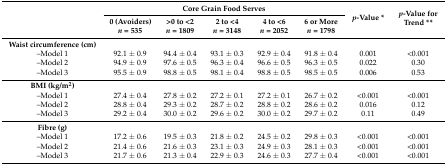
<table><thead><tr><td rowspan="2"></td><td colspan="5"><b>Core Grain Food Serves</b></td><td rowspan="2"><b><i>p</i>-Value *</b></td><td rowspan="2"><b><i>p</i>-Value for Trend **</b></td></tr><tr><td><b>0 (Avoiders) <i>n</i> = 535</b></td><td><b>&gt;0 to &lt;2 <i>n</i> = 1809</b></td><td><b>2 to &lt;4 <i>n</i> = 3148</b></td><td><b>4 to &lt;6 <i>n</i> = 2052</b></td><td><b>6 or More <i>n</i> = 1798</b></td></tr></thead><tbody><tr><td><b>Waist circumference (cm)</b></td><td></td><td></td><td></td><td></td><td></td><td></td><td></td></tr><tr><td>–Model 1</td><td>92.1 ± 0.9</td><td>94.4 ± 0.4</td><td>93.1 ± 0.3</td><td>92.9 ± 0.4</td><td>91.8 ± 0.4</td><td>0.001</td><td>&lt;0.001</td></tr><tr><td>–Model 2</td><td>94.9 ± 0.9</td><td>97.6 ± 0.5</td><td>96.3 ± 0.4</td><td>96.6 ± 0.5</td><td>96.3 ± 0.5</td><td>0.022</td><td>0.30</td></tr><tr><td>–Model 3</td><td>95.5 ± 0.9</td><td>98.8 ± 0.5</td><td>98.1 ± 0.4</td><td>98.8 ± 0.5</td><td>98.5 ± 0.5</td><td>0.006</td><td>0.53</td></tr><tr><td><b>BMI (kg/m<sup>2</sup>)</b></td><td></td><td></td><td></td><td></td><td></td><td></td><td></td></tr><tr><td>–Model 1</td><td>27.4 ± 0.4</td><td>27.8 ± 0.2</td><td>27.2 ± 0.1</td><td>27.2 ± 0.1</td><td>26.7 ± 0.2</td><td>&lt;0.001</td><td>&lt;0.001</td></tr><tr><td>–Model 2</td><td>28.8 ± 0.4</td><td>29.3 ± 0.2</td><td>28.7 ± 0.2</td><td>28.8 ± 0.2</td><td>28.6 ± 0.2</td><td>0.016</td><td>0.12</td></tr><tr><td>–Model 3</td><td>29.2 ± 0.4</td><td>30.0 ± 0.2</td><td>29.6 ± 0.2</td><td>30.0 ± 0.2</td><td>29.7 ± 0.2</td><td>0.11</td><td>0.49</td></tr><tr><td><b>Fibre (g)</b></td><td></td><td></td><td></td><td></td><td></td><td></td><td></td></tr><tr><td>–Model 1</td><td>17.2 ± 0.6</td><td>19.5 ± 0.3</td><td>21.8 ± 0.2</td><td>24.5 ± 0.2</td><td>29.8 ± 0.3</td><td>&lt;0.001</td><td>&lt;0.001</td></tr><tr><td>–Model 2</td><td>21.4 ± 0.6</td><td>21.6 ± 0.3</td><td>23.1 ± 0.3</td><td>24.9 ± 0.3</td><td>28.1 ± 0.3</td><td>&lt;0.001</td><td>&lt;0.001</td></tr><tr><td>–Model 3</td><td>21.7 ± 0.6</td><td>21.3 ± 0.4</td><td>22.9 ± 0.3</td><td>24.6 ± 0.3</td><td>27.7 ± 0.4</td><td>&lt;0.001</td><td>&lt;0.001</td></tr></tbody></table>